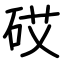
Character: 砹